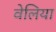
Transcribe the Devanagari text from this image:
वेलिया